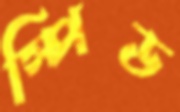
স্পিড